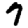
Digit: 7